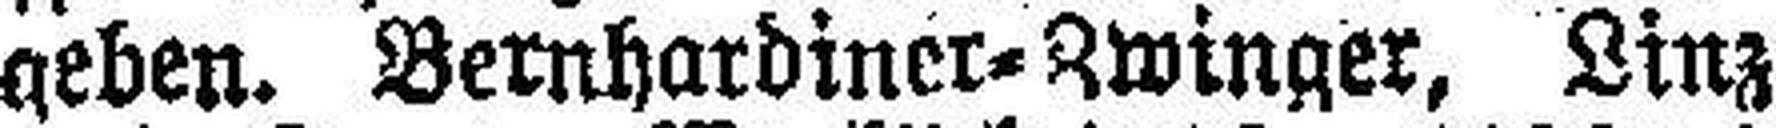
geben. Bernhardiner=Zwinger, Linz